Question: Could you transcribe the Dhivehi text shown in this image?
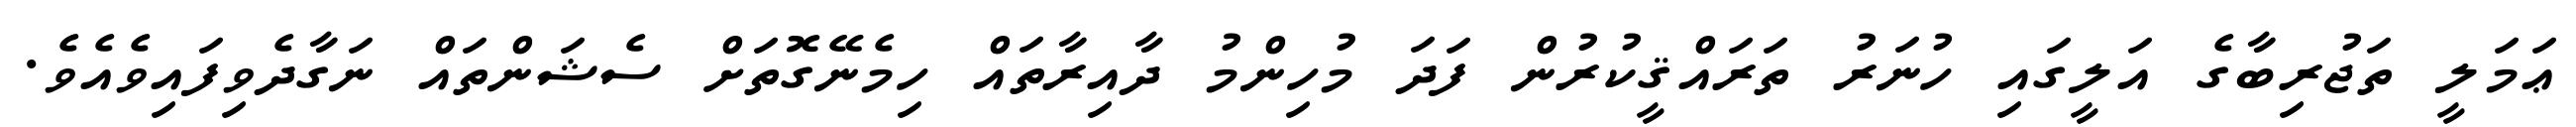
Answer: ޢަމަލީ ތަޖުރިބާގެ އަލީގައި ހުނަރު ތަރައްޤީކުރުން ފަދަ މުހިންމު ދާއިރާތައް ހިމެނޭގޮތަށް ސެޝަންތައް ނަގާދެވިފައިވެއެވެ.